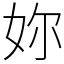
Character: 妳